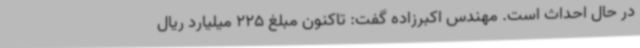
در حال احداث است. مهندس اکبرزاده گفت: تاکنون مبلغ 225 میلیارد ریال